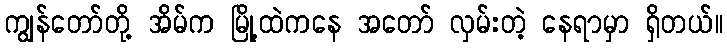
ကျွန်တော်တို့ အိမ်က မြို့ထဲကနေ အတော် လှမ်းတဲ့ နေရာမှာ ရှိတယ်။